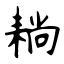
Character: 耥